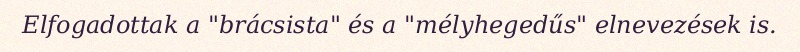
Elfogadottak a "brácsista" és a "mélyhegedűs" elnevezések is.